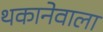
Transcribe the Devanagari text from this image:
थकानेवाला